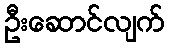
ဦးဆောင်လျက်